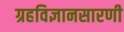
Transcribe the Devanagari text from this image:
ग्रहविज्ञानसारणी